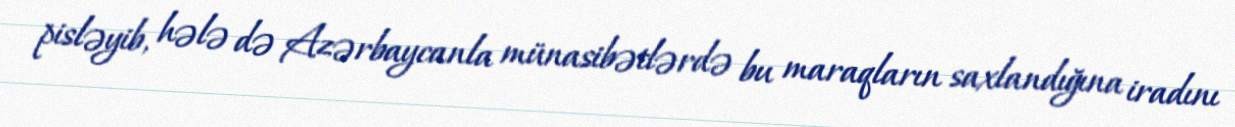
pisləyib, hələ də Azərbaycanla münasibətlərdə bu maraqların saxlandığına iradını